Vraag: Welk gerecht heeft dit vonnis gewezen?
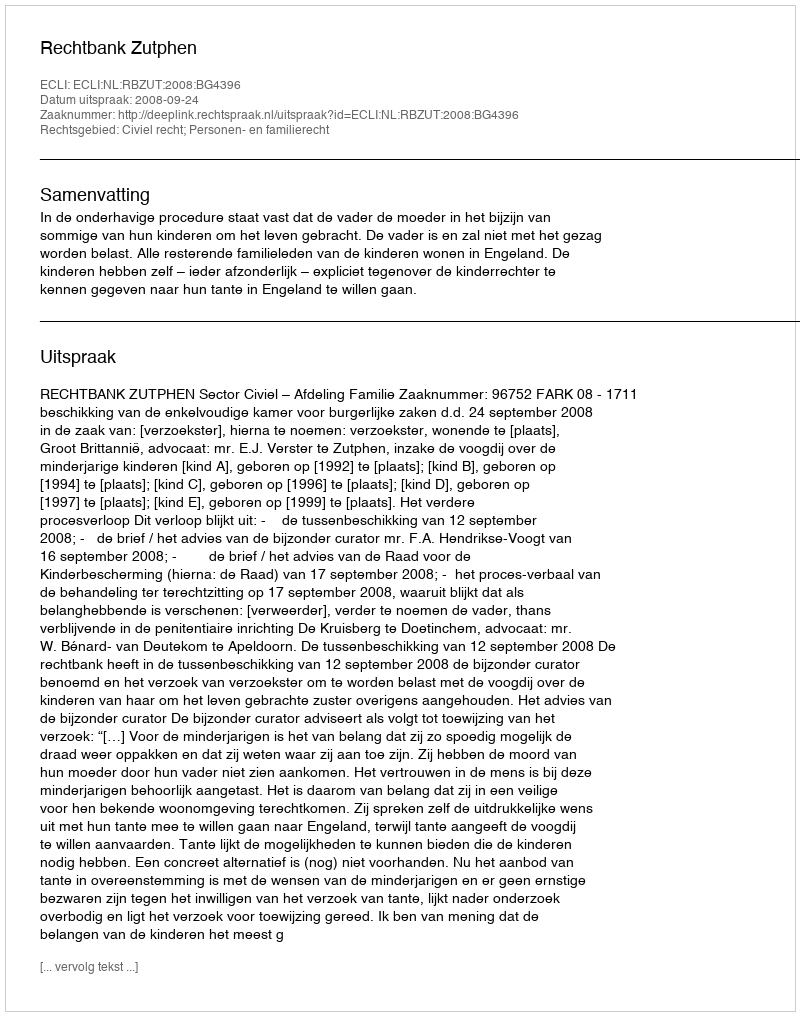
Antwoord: Rechtbank Zutphen